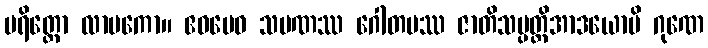
ပရိတ္တော လာမကော။ ဧဝမေဝ သမဏဿ ဂေါတမဿ ဇာတိသမ္ပတ္တိအာဒယောပိ ဂုဏေ